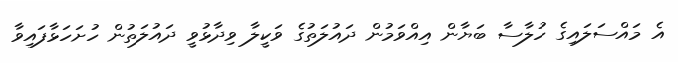
އެ މައްސަލައިގެ ހުލާސާ ބަޔާން އިއްވަމުން ދައުލަތުގެ ވަކީލާ ވިދާޅުވީ ދައުލަތުން ހުށަހަޅާފައިވާ